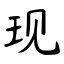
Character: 现